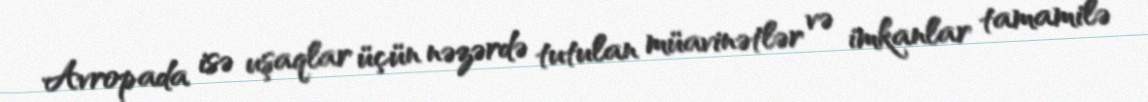
Avropada isə uşaqlar üçün nəzərdə tutulan müavinətlər və imkanlar tamamilə